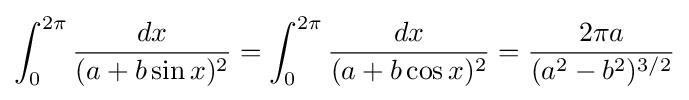
\int _{0}^{2\pi }{\frac {dx}{(a+b\sin x)^{2}}}=\int _{0}^{2\pi }{\frac {dx}{(a+b\cos x)^{2}}}={\frac {2\pi a}{(a^{2}-b^{2})^{3/2}}}